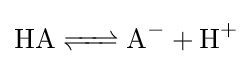
{\ce {HA <=> A^- + H^+}}